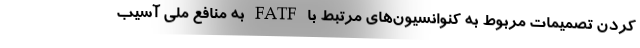
کردن تصمیمات مربوط به کنوانسیون‌های مرتبط با FATF به منافع ملی آسیب